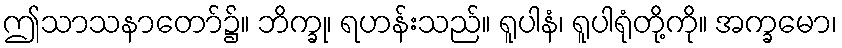
ဤသာသနာတော်၌။ ဘိက္ခု၊ ရဟန်းသည်။ ရူပါနံ၊ ရူပါရုံတို့ကို။ အက္ခမော၊